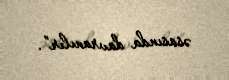
əsasında davranılır”.